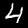
Digit: 4